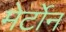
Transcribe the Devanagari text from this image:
मेर्टोन